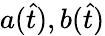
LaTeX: a(\hat{t}),b(\hat{t})